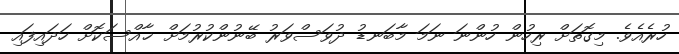
ހުރެއެވެ. މިގޮތަށް ރިހުން ހުންނަ ނަމަ މާބަނޑު ދުވަސްވަރު ބޭނުންކުރުމަށް ޚާއްސަކޮށް ހަދައިފައި